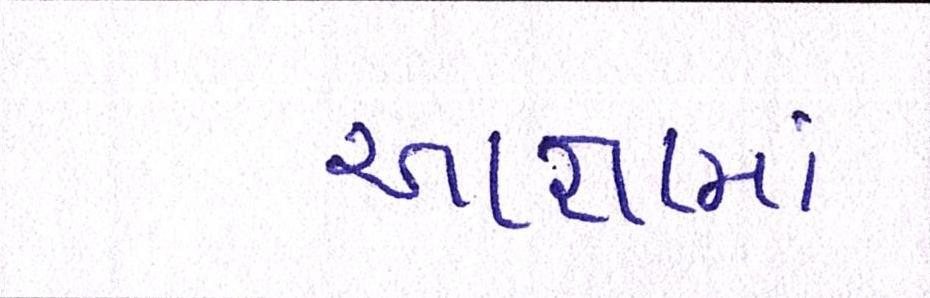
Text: આજ્ઞામાં